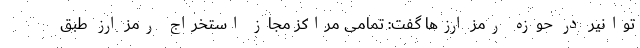
توانیر در حوزه رمز ارزها گفت: تمامی مراکز مجاز استخراج رمز ارز طبق